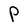
Character: P